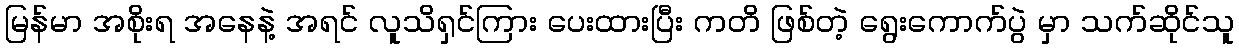
မြန်မာ အစိုးရ အနေနဲ့ အရင် လူသိရှင်ကြား ပေးထားပြီး ကတိ ဖြစ်တဲ့ ရွေးကောက်ပွဲ မှာ သက်ဆိုင်သူ